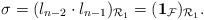
\begin{align*} \sigma = (l_{n-2} \cdot l_{n-1} )_{\mathcal{R}_1}=({{\bf 1} }_{\mathcal{F} })_{\mathcal{R}_1}.\end{align*}